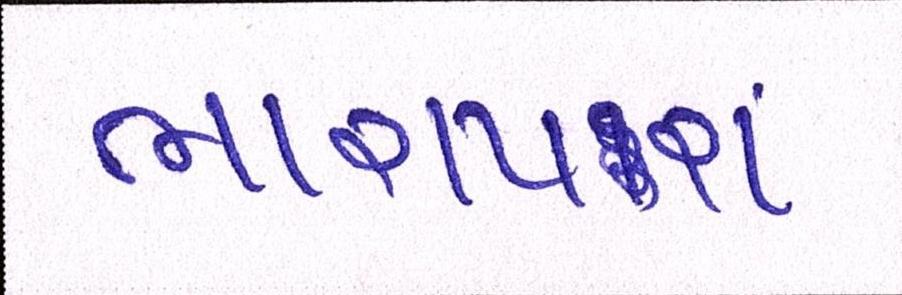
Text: ભારાપરા